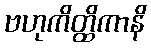
ဗဟုကိတ္ထိကာနိ